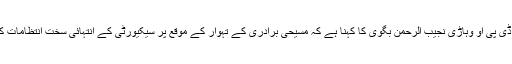
اس حوالے سے ڈی پی او وہاڑی نجیب الرحمن بگوی کا کہنا ہے کہ مسیحی برادری کے تہوار کے موقع پر سیکیورٹی کے انتہائی سخت انتظامات کئے جارہے ہیں۔